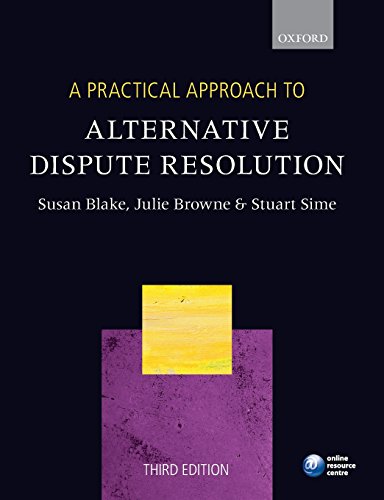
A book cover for A Practical Approach to Alternative Dispute Resolution (Blackstone's Practical Approach Series); Susan Blake; Law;